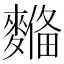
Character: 𪍞